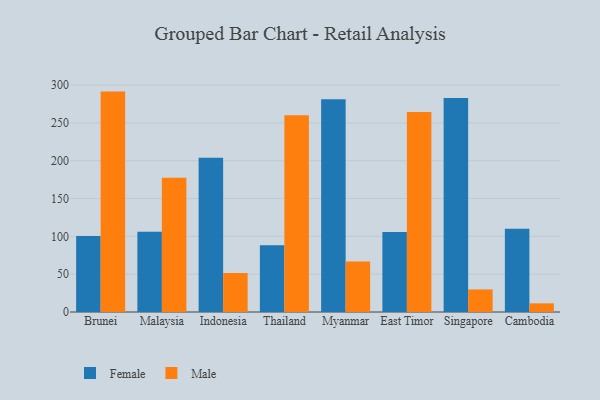
{"axis": {"x": "Country", "y": "Operating Costs (USD K)"}, "legend": ["Female", "Male"], "data": [{"x": "Brunei", "y": 100.3, "type": "Female"}, {"x": "Brunei", "y": 291.3, "type": "Male"}, {"x": "Malaysia", "y": 106.0, "type": "Female"}, {"x": "Malaysia", "y": 177.3, "type": "Male"}, {"x": "Indonesia", "y": 203.8, "type": "Female"}, {"x": "Indonesia", "y": 51.7, "type": "Male"}, {"x": "Thailand", "y": 88.1, "type": "Female"}, {"x": "Thailand", "y": 260.1, "type": "Male"}, {"x": "Myanmar", "y": 281.2, "type": "Female"}, {"x": "Myanmar", "y": 66.7, "type": "Male"}, {"x": "East Timor", "y": 105.6, "type": "Female"}, {"x": "East Timor", "y": 264.4, "type": "Male"}, {"x": "Singapore", "y": 282.8, "type": "Female"}, {"x": "Singapore", "y": 29.8, "type": "Male"}, {"x": "Cambodia", "y": 110.0, "type": "Female"}, {"x": "Cambodia", "y": 11.4, "type": "Male"}]}